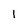
Character: 1